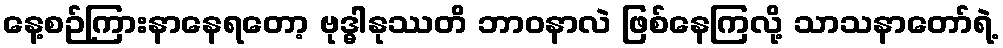
နေ့စဉ်ကြားနာနေရတော့ ဗုဒ္ဓါနုဿတိ ဘာဝနာလဲ ဖြစ်နေကြလို့ သာသနာတော်ရဲ့